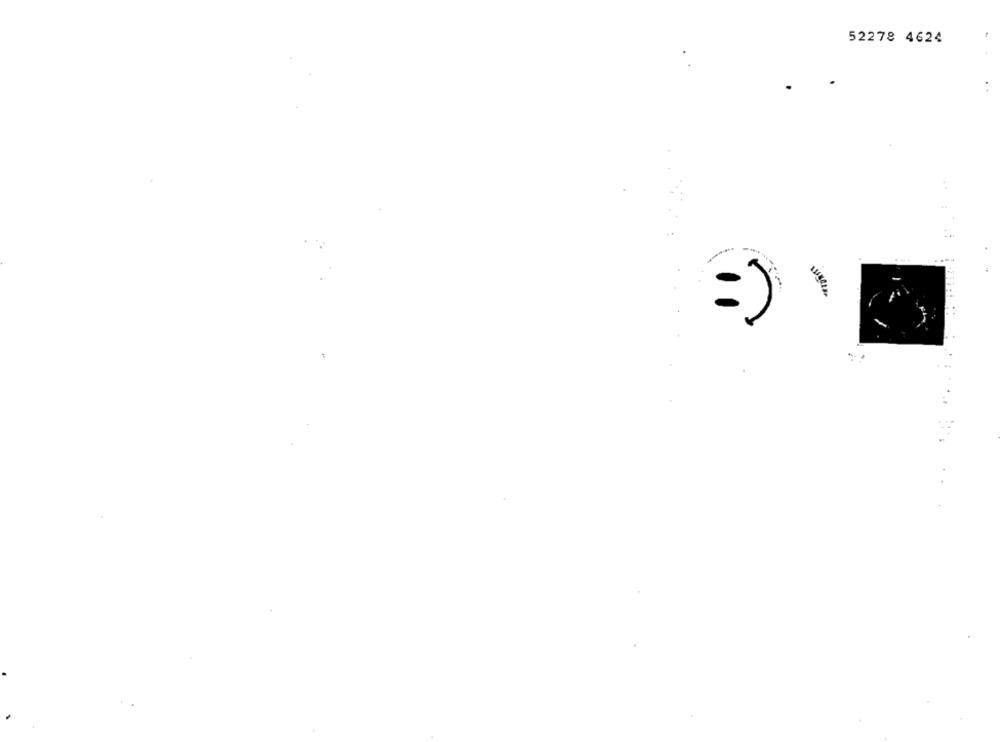
52278 4624